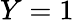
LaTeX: Y=1